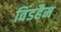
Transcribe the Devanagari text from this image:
विंडहैम